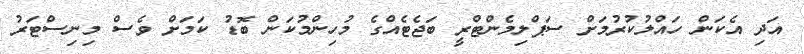
އަދި އެކަން ހައްލުކުރުމަށް ސަޕްލިމެންޓްރީ ބަޖެޓެއްގެ މުހިންމުކަން ބޮޑު ކަމަށް ވެސް މިނިސްޓަރު